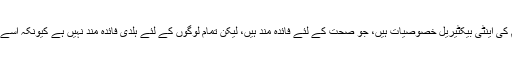
اس کے علاوہ ہلدی میں کئی قسم کی اینٹی بیکٹیریل خصوصیات ہیں، جو صحت کے لئے فائدہ مند ہیں، لیکن تمام لوگوں کے لئے ہلدی فائدہ مند نہیں ہے کیونکہ اسے ہضم کرنا تھوڑا مشکل ہوتا ہے۔